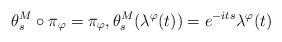
LaTeX: \begin{align*}\theta_s^M\circ\pi_{\varphi} = \pi_{\varphi}, \theta_s^M(\lambda^{\varphi}(t))= e^{-its}\lambda^{\varphi}(t)\end{align*}